Note on elephants in Burma, with a description of their equipment
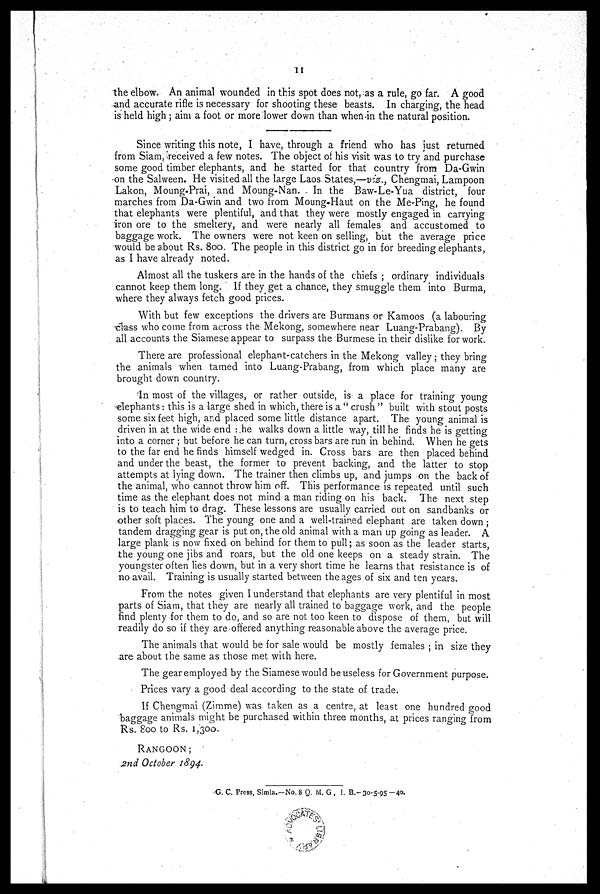
11
the elbow. An animal wounded in this spot does not, as a rule, go far. A good
and accurate rifle is necessary for shooting these beasts. In charging, the head
is held high ; aim a foot or more lower down than when in the natural position.
Since writing this note, I have, through a friend who has just returned
from Siam, received a few notes. The object of his visit was to try and purchase
some good timber elephants, and he started for that country from Da-Gwin
on the Salween. He visited all the large Laos States,—viz., Chengmai, Lampoon
Lakon, Moung-Prai, and Moung-Nan. In the Baw-Le-Yua district, four
marches from Da-Gwin and two from Moung-Haut on the Me-Ping, he found
that elephants were plentiful, and that they were mostly engaged in carrying
iron ore to the smeltery, and were nearly all females and accustomed to
baggage work. The owners were not keen on selling, but the average price
would be about Rs. 800. The people in this district go in for breeding elephants,
as I have already noted.
Almost all the tuskers are in the hands of the chiefs ; ordinary individuals
cannot keep them long. If they get a chance, they smuggle them into Burma,
where they always fetch good prices.
With but few exceptions the drivers are Burmans or Kamoos (a labouring
class who come from across the Mekong, somewhere near Luang-Prabang). By
all accounts the Siamese appear to surpass the Burmese in their dislike for work.
There are professional elephant-catchers in the Mekong valley ; they bring
the animals when tamed into Luang-Prabang, from which place many are
brought down country.
In most of the villages, or rather outside, is a place for training young
elephants: this is a large shed in which, there is a " crush " built with stout posts
some six feet high, and placed some little distance apart. The young animal is
driven in at the wide end : he walks down a little way, till he finds he is getting
into a corner ; but before he can turn, cross bars are run in behind. When he gets
to the far end he finds himself wedged in. Cross bars are then placed behind
and under the beast, the former to prevent backing, and the latter to stop
attempts at lying down. The trainer then climbs up, and jumps on the back of
the animal, who cannot throw him off. This performance is repeated until such
time as the elephant does not mind a man riding on his back. The next step
is to teach him to drag. These lessons are usually carried out on sandbanks or
other soft places. The young one and a well-trained elephant are taken down ;
tandem dragging gear is put on, the old animal with a man up going as leader. A
large plank is now fixed on behind for them to pull; as soon as the leader starts,
the young one jibs and roars, but the old one keeps on a steady strain. The
youngster often lies down, but in a very short time he learns that resistance is of
no avail. Training is usually started between the ages of six and ten years.
From the notes given I understand that elephants are very plentiful in most
parts of Siam, that they are nearly all trained to baggage work, and the people
find plenty for them to do, and so are not too keen to dispose of them, but will
readily do so if they are offered anything reasonable above the average price.
The animals that would be for sale would be mostly females ; in size they
are about the same as those met with here.
The gear employed by the Siamese would be useless for Government purpose.
Prices vary a good deal according to the state of trade.
If Chengmai (Zimme) was taken as a centre, at least one hundred good
baggage animals might be purchased within three months, at prices ranging from
Rs. 800 to Rs. 1,300
RANGOON;
2nd October 1894.
G. C. Press, Simla.—No. 8 Q. M. G , 1. B.-30-5-95 —40.